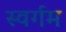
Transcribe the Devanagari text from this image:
स्वर्गम